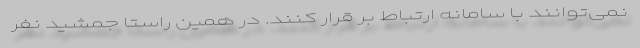
نمی‌توانند با سامانه ارتباط بر قرار کنند. در همین راستا جمشید نفر